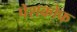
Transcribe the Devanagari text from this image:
पेशकोफ